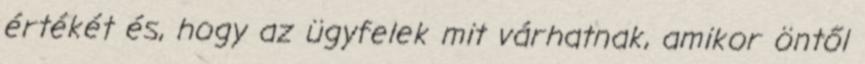
értékét és, hogy az ügyfelek mit várhatnak, amikor öntől